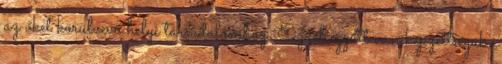
az őket körülvevő helyi társadalomhoz. Ezzel együtt van képzettségük,